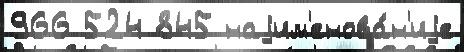
966 524 845 наjим'енова́н'иjе